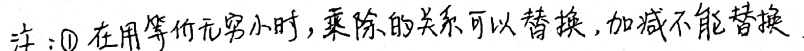
注：\textcircled{1} 在用等价无穷小时，乘除的关系可以替换，加减不能替换